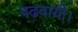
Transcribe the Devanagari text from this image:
पढ़वायी।